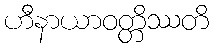
ဟီနာယာဝတ္တိဿတိ